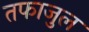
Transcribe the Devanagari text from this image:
तफाजुल